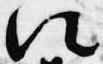
次